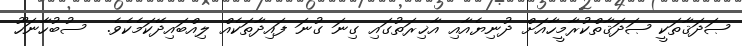
ޞަދަޤާތަކީ ޞަދަޤާތްކުރާމީހާއަށް ދުނިޔެއާއި އާޚިރަތުގައި ގިނަ ގުނަ ފައިދާތަކެއް ލިއްބައިދޭކަމެކެވެ.  ސުބުހާނަހޫ